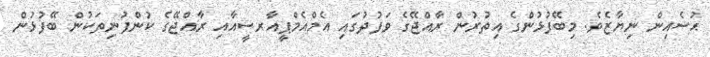
ޙުސެއިން ނިޔާޒެވެ. މިބޭފުޅުންގެ އިތުރުން ރާއްޖޭގެ ވަފުދުގައި އެމްއެމްޕީއާރސީއާއި ރާއްޖޭގެ ކުންފުނިތަކުން ބޭފުޅުން